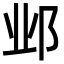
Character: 邺